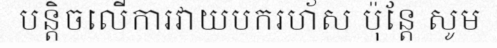
បន្តិចលើការវាយបករហ័ស ប៉ុន្តែ សូម